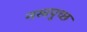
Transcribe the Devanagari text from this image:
नखपुच्छ